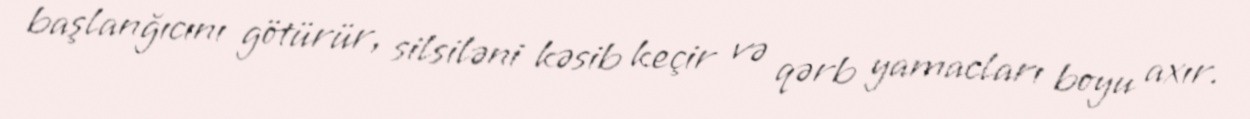
başlanğıcını götürür, silsiləni kəsib keçir və qərb yamacları boyu axır.